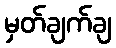
မှတ်ချက်ချ